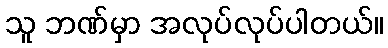
သူ ဘဏ်မှာ အလုပ်လုပ်ပါတယ်။